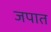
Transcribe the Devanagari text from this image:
जपात